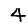
Digit: 4